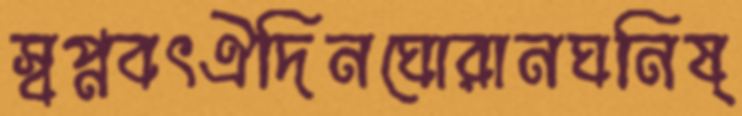
স্বপ্নবৎঐদিনঘোরানঘনিষ্